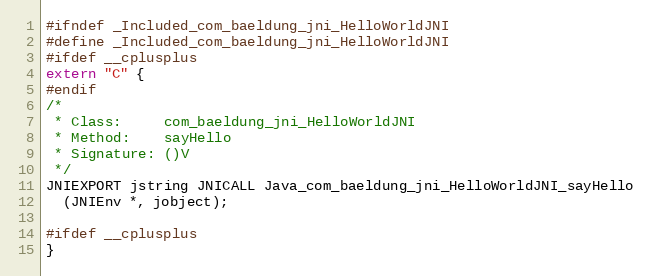
Language: C
#ifndef _Included_com_baeldung_jni_HelloWorldJNI
#define _Included_com_baeldung_jni_HelloWorldJNI
#ifdef __cplusplus
extern "C" {
#endif
/*
 * Class:     com_baeldung_jni_HelloWorldJNI
 * Method:    sayHello
 * Signature: ()V
 */
JNIEXPORT jstring JNICALL Java_com_baeldung_jni_HelloWorldJNI_sayHello
  (JNIEnv *, jobject);

#ifdef __cplusplus
}